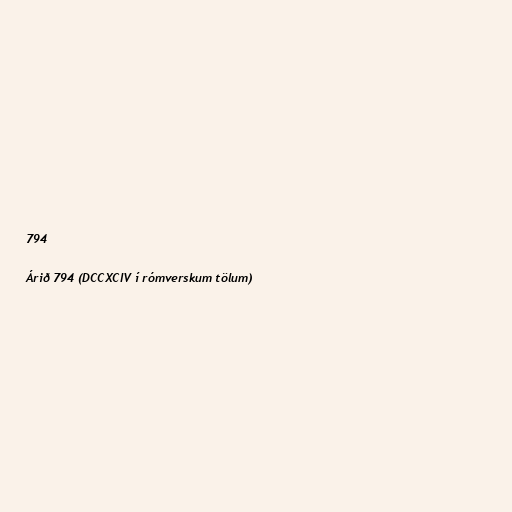
794

Árið 794 (DCCXCIV í rómverskum tölum)